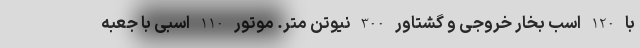
با 120 اسب بخار خروجی و گشتاور 300 نیوتن متر. موتور 110 اسبی با جعبه